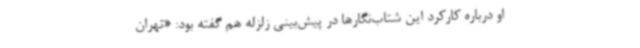
او درباره کارکرد این شتاب‌نگارها در پیش‌بینی زلزله هم گفته بود: «تهران